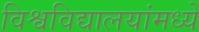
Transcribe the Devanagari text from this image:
विश्वविद्यालयांमध्ये